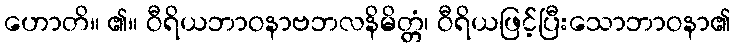
ဟောတိ။ ၏။ ဝီရိယဘာဝနာဗဘလနိမိတ္တံ၊ ဝီရိယဖြင့်ပြီးသောဘာဝနာ၏